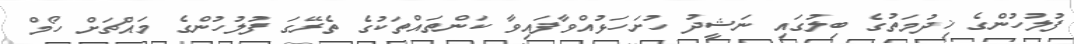
ފުލުހުންގެ ޚިދުމަތުގެ ބިލުގައި ނަޝީދު ހުށަހަޅުއްވާފައިވާ ކަންތައްތަކުގެ ތެރޭގަ ފުލުހުންގެ މައްޗަށް ހޯމް